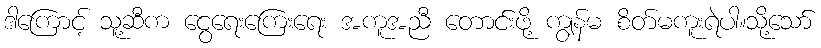
ဒါကြောင့် သူ့ဆီက ငွေရေးကြေးရေး အကူအညီ တောင်းဖို့ ကျွန်မ စိတ်မကူးရဲပါ။သို့သော်